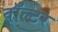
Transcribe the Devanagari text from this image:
वॉल्‍टर